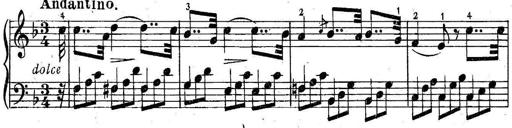
Title: 6 Easy Sonatinas
Composer: Carl Czerny